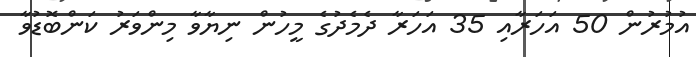
އުމުރުން 50 އަހަރާއި 35 އަހަރާ ދެމެދުގެ މީހުން ނިޔާވާ މިންވަރު ކަންބޮޑުވާ